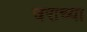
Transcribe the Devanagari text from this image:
चराच्या